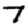
Digit: 7